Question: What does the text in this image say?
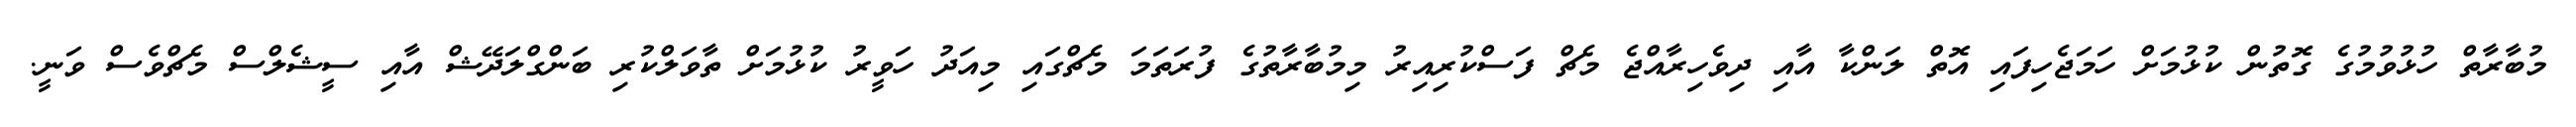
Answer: މުބާރާތް ހުޅުވުމުގެ ގޮތުން ކުޅުމަށް ހަމަޖެހިފައި އޮތް ލަންކާ އާއި ދިވެހިރާއްޖެ މެޗް ފަސްކުރިއިރު މިމުބާރާތުގެ ފުރަތަމަ މެޗްގައި މިއަދު ހަވީރު ކުޅުމަށް ތާވަލްކުރި ބަންގްލަދޭޝް އާއި ސީޝެލްސް މެޗްވެސް ވަނީ.